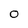
Character: O